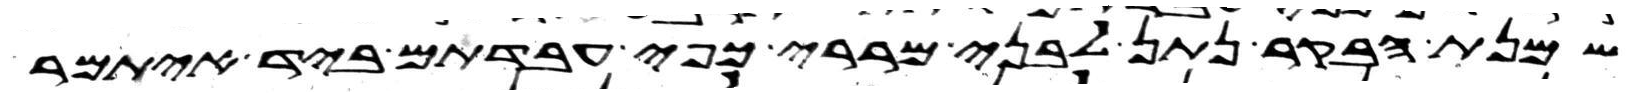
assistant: שמנת הבקר נתן לבני מררי כפי עבדתם ביד איתמר